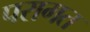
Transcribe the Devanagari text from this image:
परागत